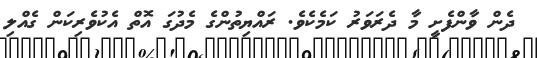
ދެން ވާންފެށީ މާ ދެރަވަރު ކަމެކެވެ. ރައްޔިތުންގެ މެދުގަ އޮތް އެކުވެރިކަން ގެއްލި